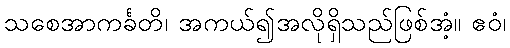
သစေအာကင်္ခတိ၊ အကယ်၍အလိုရှိသည်ဖြစ်အံ့။ ဧဝံ၊